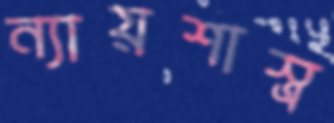
ন্যায়শাস্ত্র